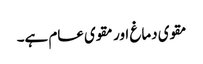
مقوی دماغ اور مقوی عام ہے۔